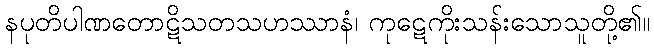
နပုတိပါဏတောဋိသတသဟဿာနံ၊ ကုဋေကိုးသန်းသောသူတို့၏။